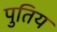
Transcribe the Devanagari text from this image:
पुतिय